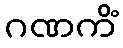
ဂဏကိံ